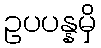
ဥပပန္နမှိ